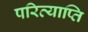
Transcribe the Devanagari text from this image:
परिव्याप्ति